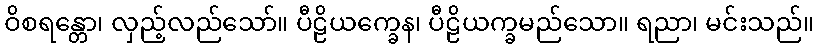
ဝိစရန္တော၊ လှည့်လည်သော်။ ပီဠိယက္ခေန၊ ပီဠိယက္ခမည်သော။ ရညာ၊ မင်းသည်။